65_HS1-834228961_62-HQ-83894_Section_3
Agency: FBI
Page 14
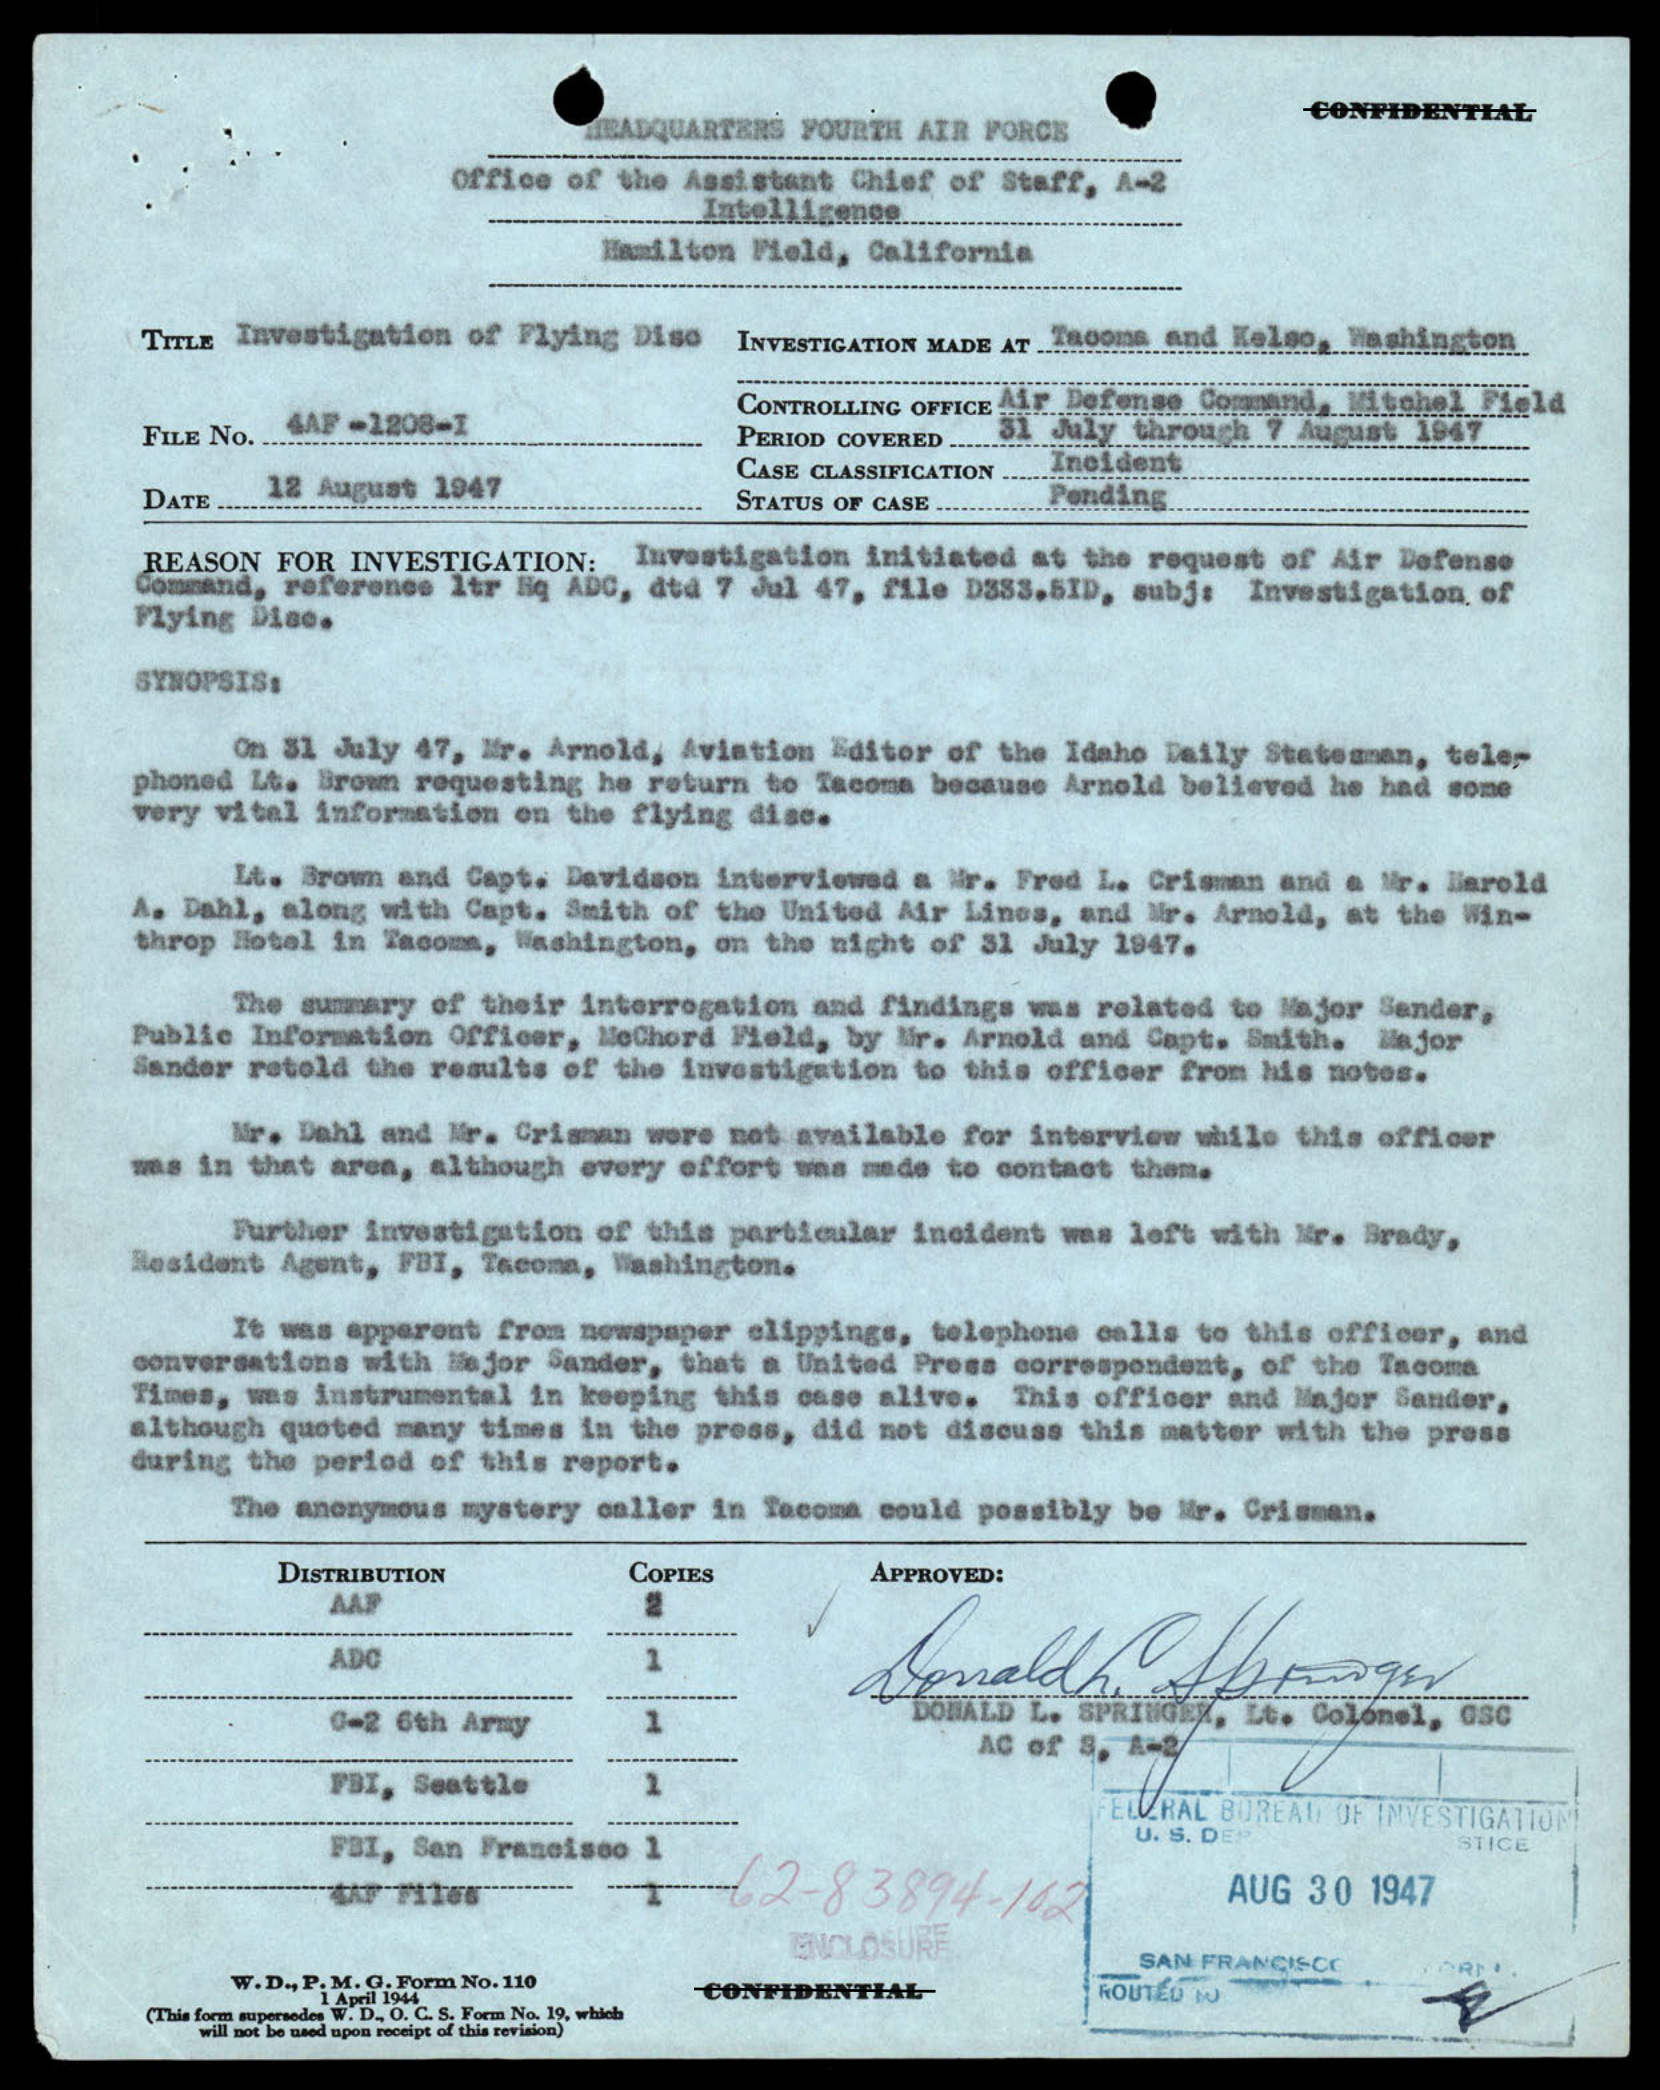